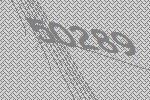
50289